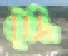
বুঁজি